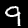
Label: 9